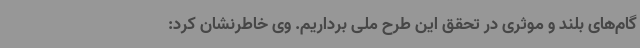
گام‌های بلند و موثری در تحقق این طرح ملی برداریم. وی خاطرنشان کرد: